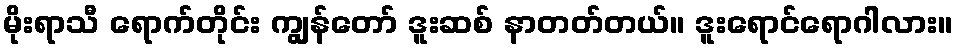
မိုးရာသီ ရောက်တိုင်း ကျွန်တော် ဒူးဆစ် နာတတ်တယ်။ ဒူးရောင်ရောဂါလား။